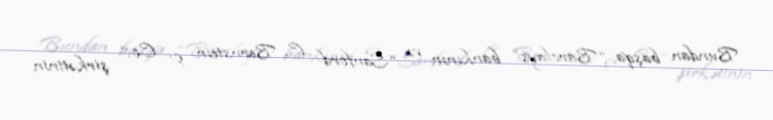
Bundan başqa, “Barclays” bankının və “Sanford C. Bernstein & Co.” şirkətinin